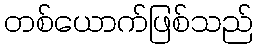
တစ်ယောက်ဖြစ်သည်